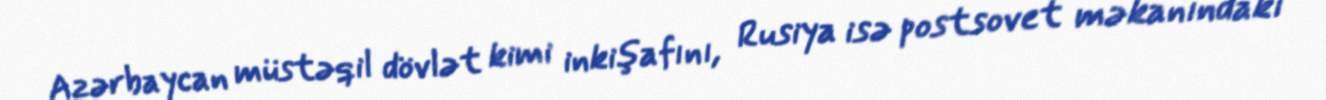
Azərbaycan müstəqil dövlət kimi inkişafını, Rusiya isə postsovet məkanındakı